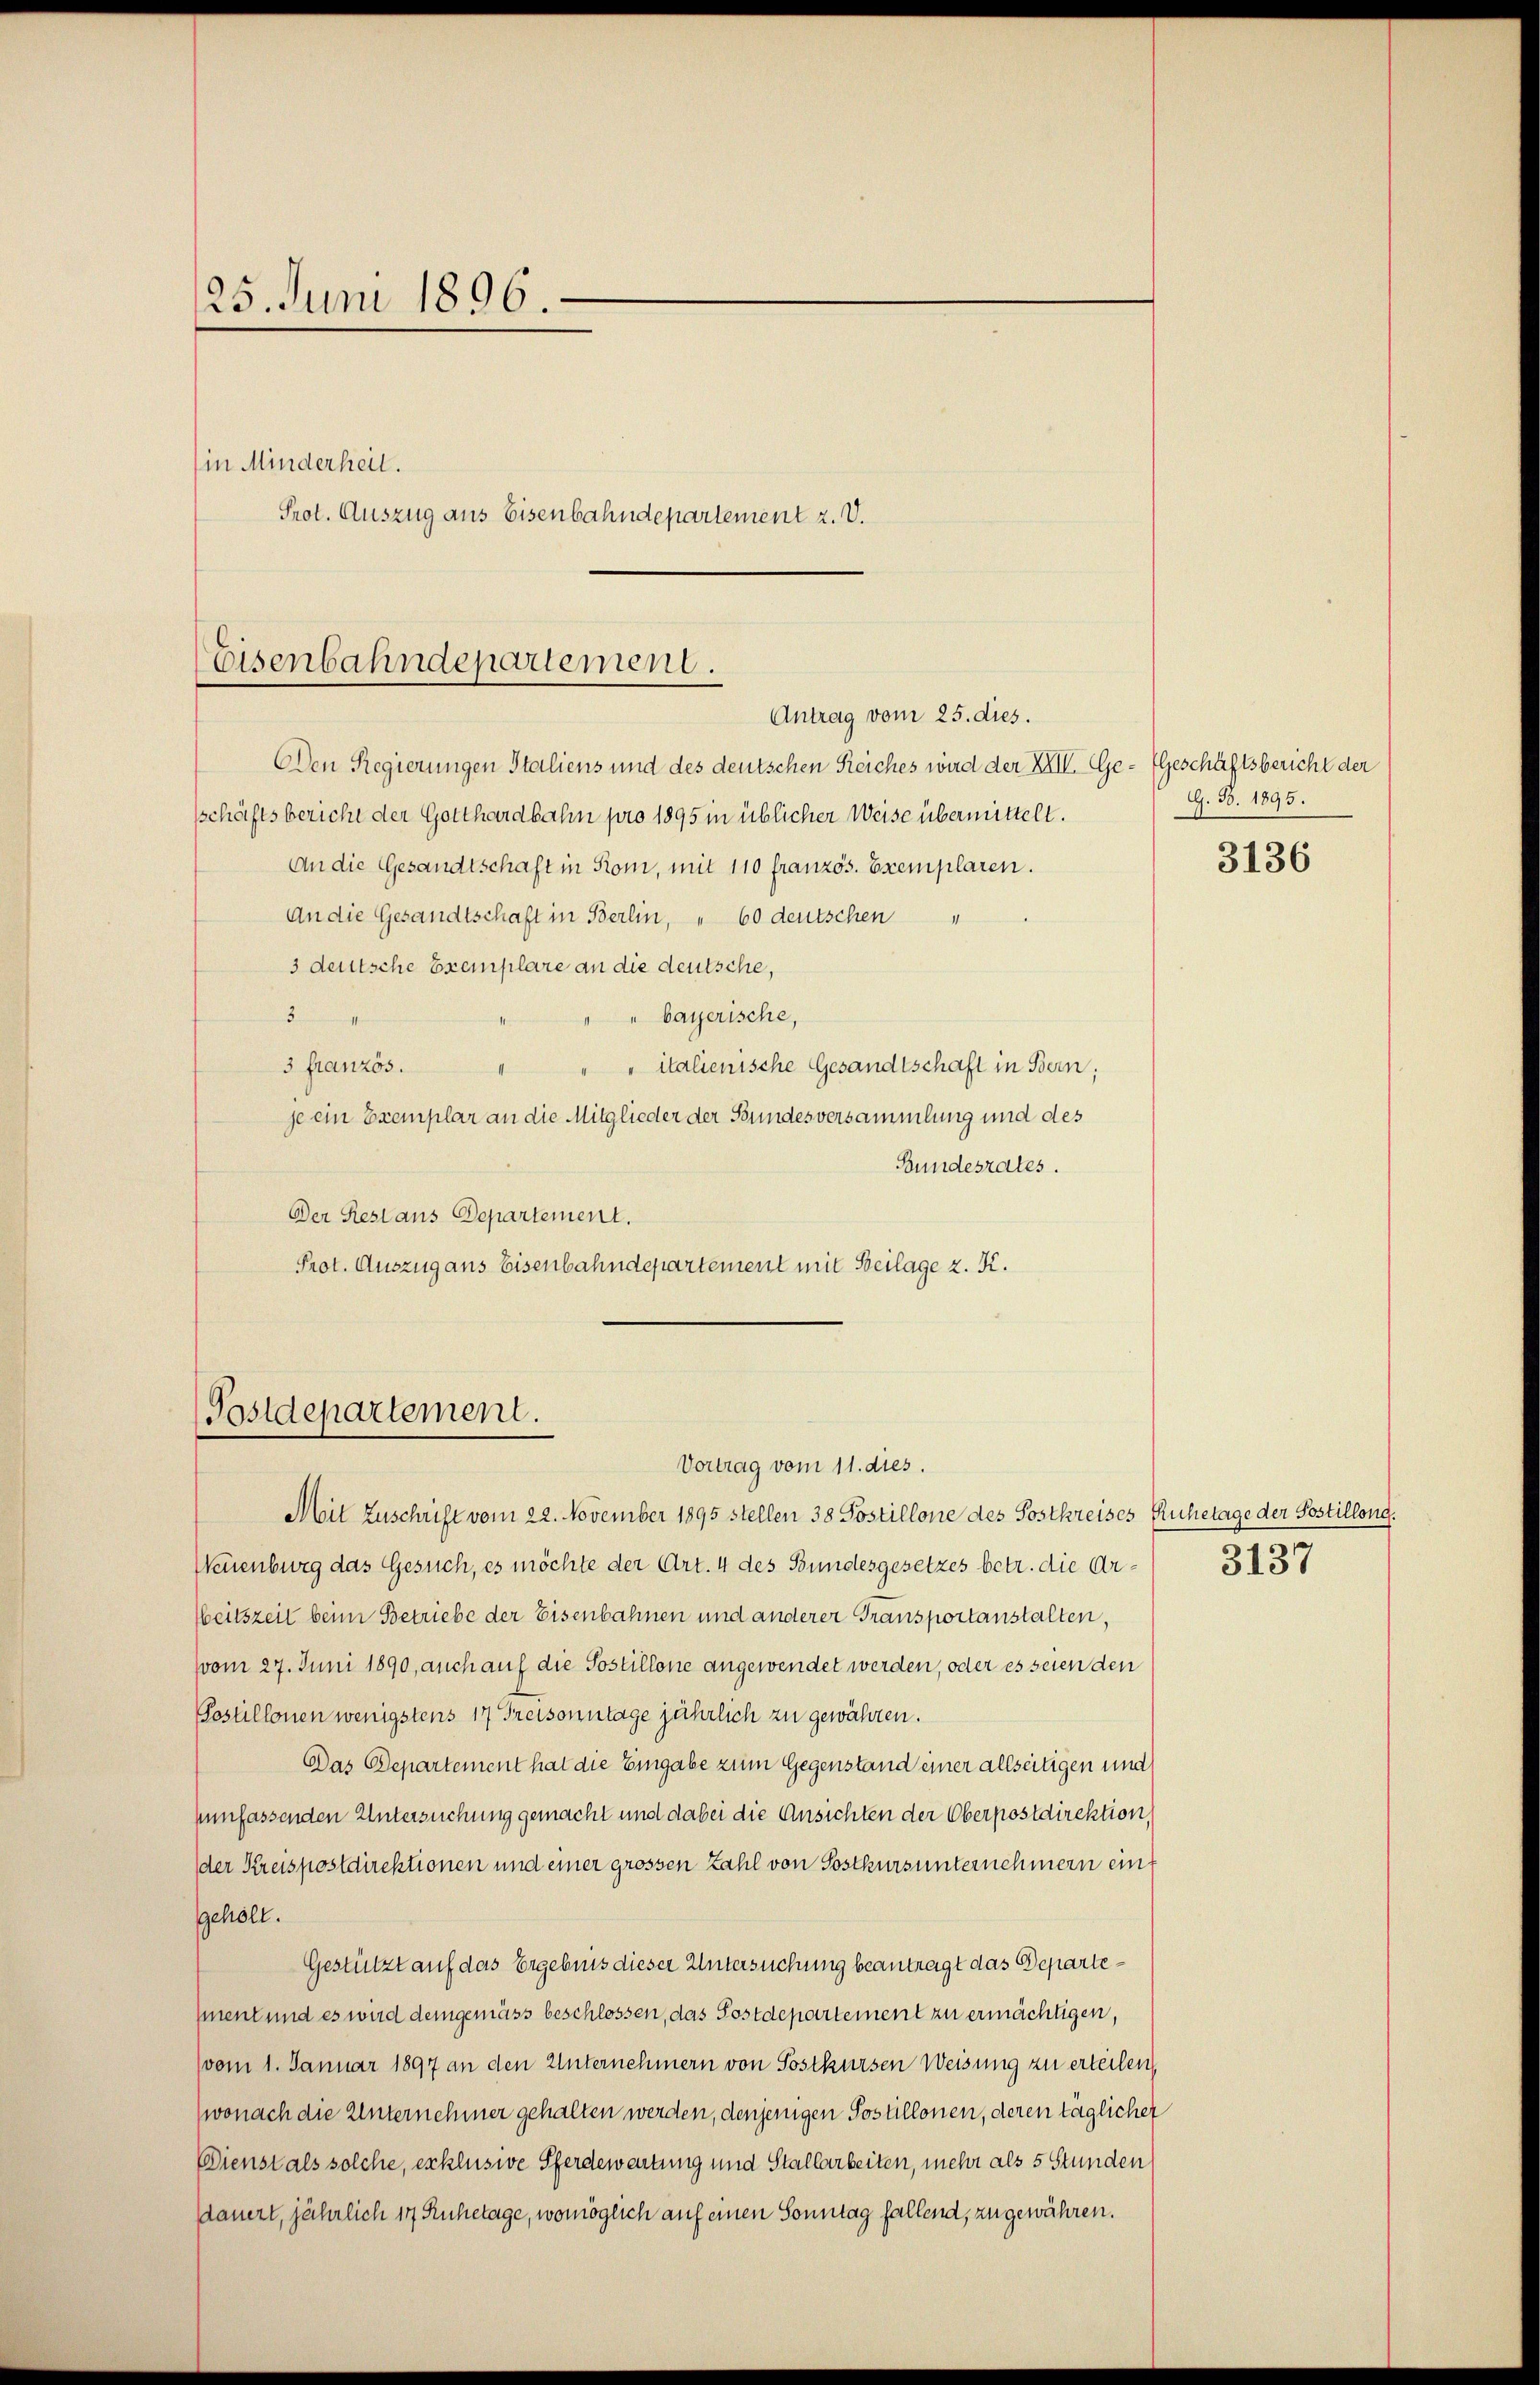
25. Juni 1896.

in Minderheit.
Prot. Auszug aus Eisenbahndepartement z. V.

Eisenbahndepartement.
Antrag vom 25. dies.

Den Regierungen Italiens und des deutschen Reiches wird der XXII. Ge- Geschäftsbericht der
sschäftsbericht der Gotthardbahn pro 1895 in üblicher Weise übermittelt.
An die Gesandtschaft in Kom, mit 110 französ. Exemplaren.
An die Gesandtschaft in Berlin, " 60 deutschen
3 deutsche Exemplare an die deutsche,
3
bayerische,
3 Französ.
" " italienische Gesandtschaft in Bern;
je ein Exemplar an die Mitglieder der Bundesversammlung und des
Bundesrates.
Der Restaus Departement.
Prot. Auszug aus Eisenbahndepartement mit Beilage z. K.

Postdepartement.

Vortrag vom 11. dies.
Mit Zuschrift vom 22. November 1895 stellen 38 Postillone des Sostkreises Ruhetage der Postillong.
Neuenburg das Gesuch, es möchte der Art. 4 des Bundesgesetzes betr. die Ar¬
Weitszeit beim Betriebe der Eisenbahnen und anderer Transportanstalten,
(vom 27. Juni 1890, auch auf die Postillone angewendet werden, oder es seien den
Postillonen wenigstens 17 Greisonntage jährlich zu gewähren.
Das Departement hat die Eingabe zum Gegenstand einer allseitigen und
hunfassenden Untersuchung gemacht und dabei die Ansichten der Oberpostdirektion,
der Kreispostdirektionen und einer grossen Zahl von Sostkurs unternehmern ein
Gehöll.
Gestützt auf das Ergebnis dieser Untersuchung beantragt das Departement und es wird demgemäss beschlossen, das Postdepartement zu ermächtigen,
(vom 1. Januar 1897 an den Unternehmern von Postkursen Weisung zu erteilen,
wonach die Unternehmer gehalten werden, denjenigen Postillonen, deren täglicher
Dienstals solche, exklusive Pferdewartung und Stallarbeiten, mehr als 5 Stunden
sdauert, jährlich 14 Ruhetage, womöglich auf einen Sonntag fallend, zugewähren.

G. B. 1895.

3136

3137